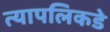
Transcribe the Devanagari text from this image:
त्यापलिकडे